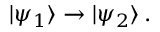
| \psi _ { 1 } \rangle \rightarrow | \psi _ { 2 } \rangle \, .